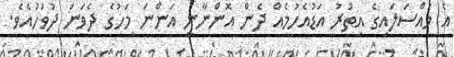
އެ މައްސަލައިގެ އިތުރު އަޑުއެހުމެއް ދެން އޮންނާނީ އަންނަ މަހުގެ ދެވަނަ ދުވަހުއެވެ.